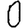
Digit: 0